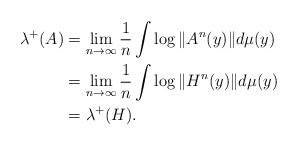
\begin{align*}\begin{aligned}\lambda\sp+(A)&=\lim_{n\to\infty}\frac{1}{n}\int\log\|A\sp n(y)\|d\mu(y)\\&=\lim_{n\to\infty}\frac{1}{n}\int\log\|H\sp n(y)\|d\mu(y)\\&=\lambda\sp+(H).\end{aligned}\end{align*}